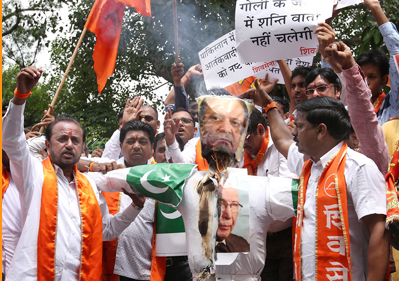
Language: marathi
Transcription: गोली चलेगी नहीं में